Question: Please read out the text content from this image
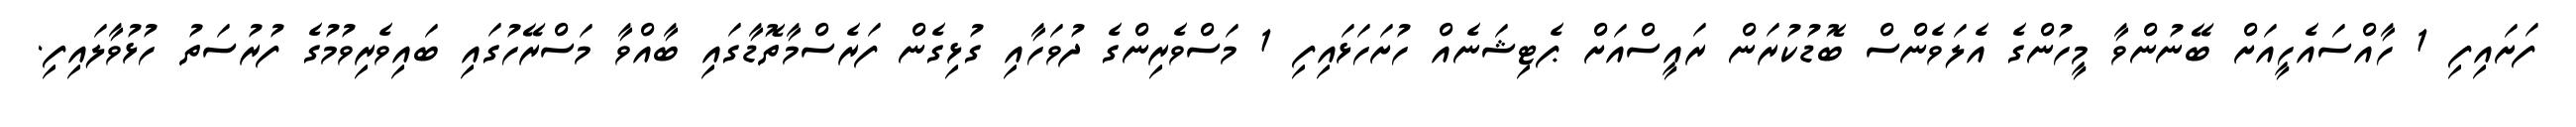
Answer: ފަށައިފި 1 ހާއްސައެހީއަށް ބޭނުންވާ މީހުންގެ އެލަވެންސް ބޮޑުކުރަން ރައީސްއަށް ޕެޓިޝަނެއް ހުށަހަޅައިފި 1 މަސްވެރިންގެ ދުވަހާއި ގުޅިގެން ފަރެސްމާތޮޑާގައި ބާއްވާ މަސްރޭހުގައި ބައިވެރިވުމުގެ ފުރުސަތު ހުޅުވާލައިފި.